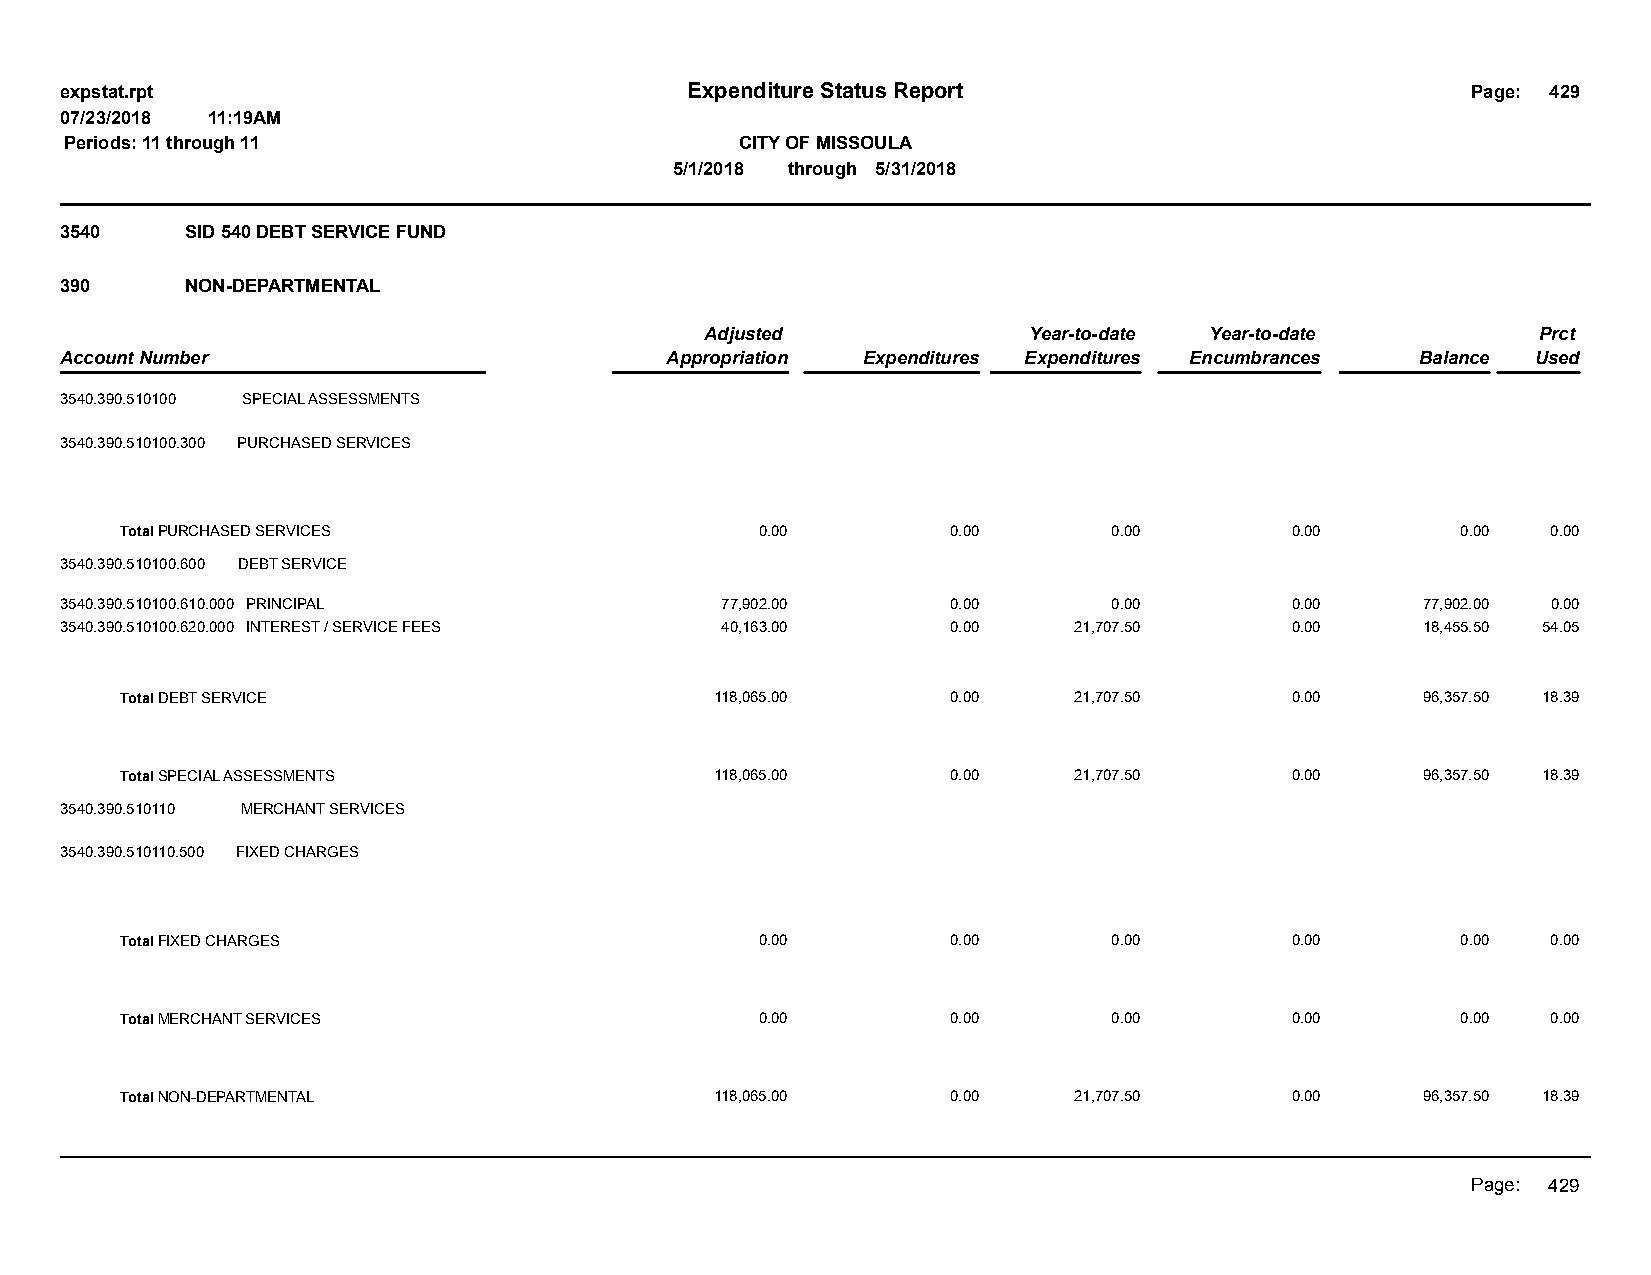
expstat.rpt                              Expenditure Status Report                           Page: 429
 07/23/2018 11:19AM
 Periods: 11 through 11                       CITY OF MISSOULA
 5/1/2018 through 5/31/2018
 3540    SID 540 DEBT SERVICE FUND
 390     NON-DEPARTMENTAL
 Adjusted             Year-to-date Year-to-date         Prct
 Account Number                          Appropriation Expenditures Expenditures Encumbrances Balance Used
 3540.390.510100 SPECIAL ASSESSMENTS
 3540.390.510100.300 PURCHASED SERVICES
 Total PURCHASED SERVICES                  0.00         0.00       0.00       0.00        0.00  0.00
 3540.390.510100.600 DEBT SERVICE
 3540.390.510100.610.000 PRINCIPAL           77,902.00      0.00       0.00       0.00     77,902.00 0.00
 3540.390.510100.620.000 INTEREST / SERVICE FEES 40,163.00  0.00    21,707.50     0.00     18,455.50 54.05
 Total DEBT SERVICE                     118,065.00      0.00    21,707.50     0.00     96,357.50 18.39
 Total SPECIAL ASSESSMENTS              118,065.00      0.00    21,707.50     0.00     96,357.50 18.39
 3540.390.510110 MERCHANT SERVICES
 3540.390.510110.500 FIXED CHARGES
 Total FIXED CHARGES                       0.00         0.00       0.00       0.00        0.00  0.00
 Total MERCHANT SERVICES                   0.00         0.00       0.00       0.00        0.00  0.00
 Total NON-DEPARTMENTAL                 118,065.00      0.00    21,707.50     0.00     96,357.50 18.39
 Page: 429